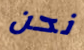
نحن